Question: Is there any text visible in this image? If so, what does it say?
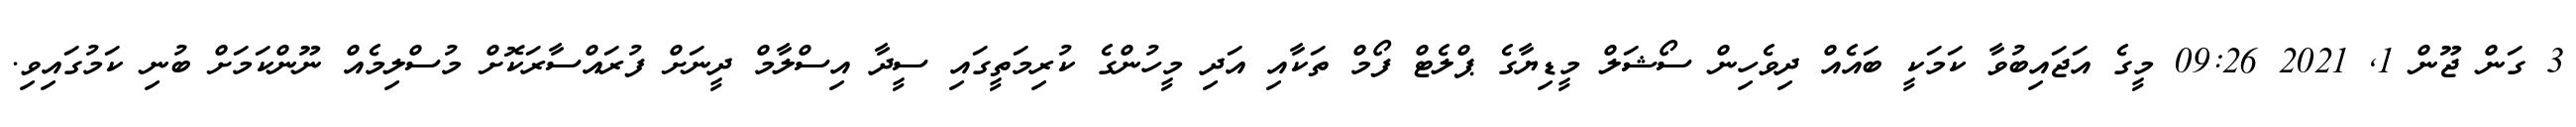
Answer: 3 ގަން ޖޫން 1, 2021 09:26 މީގެ އަޖައިބުވާ ކަމަކީ ބައެއް ދިވެހިން ސޯޝަލް މީޑިޔާގެ ޕްލެޓް ފޯމް ތަކާއި އަދި މީހުންގެ ކުރިމަތީގައި ސީދާ އިސްލާމް ދީނަށް ފުރައްސާރަކޮށް މުސްލިމެއް ނޫންކަމަށް ބުނި ކަމުގައިވި.